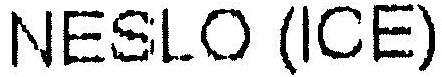
NESLO (ICE)